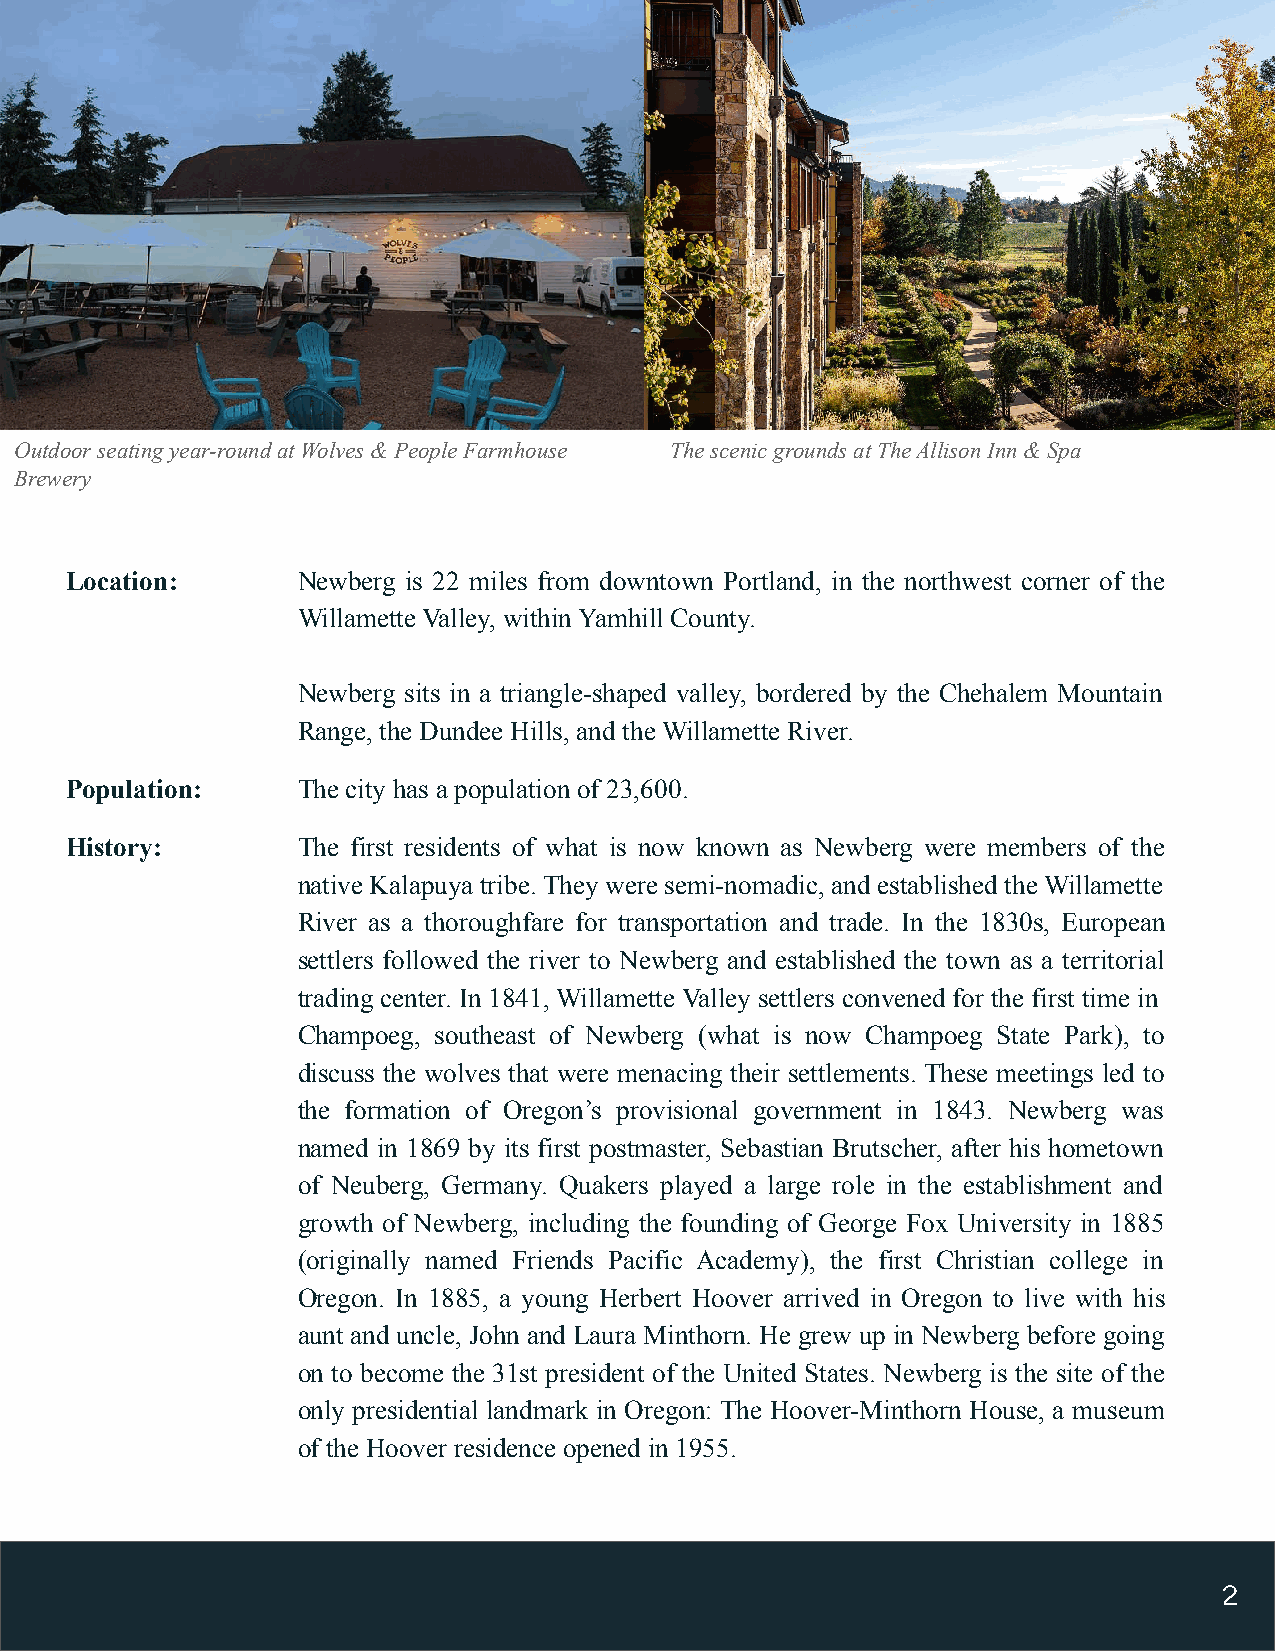
Outdoor seating year-round at Wolves & People Farmhouse The scenic grounds at The Allison Inn & Spa
 Brewery
 Location:       Newberg is 22 miles from downtown Portland, in the northwest corner of the
 Willamette Valley, within Yamhill County.
 Newberg sits in a triangle-shaped valley, bordered by the Chehalem Mountain
 Range, the Dundee Hills, and the Willamette River.
 Population:     The city has a population of 23,600.
 History:        The first residents of what is now known as Newberg were members of the
 native Kalapuya tribe. They were semi-nomadic, and established the Willamette
 River as a thoroughfare for transportation and trade. In the 1830s, European
 settlers followed the river to Newberg and established the town as a territorial
 trading center. In 1841, Willamette Valley settlers convened for the first time in
 Champoeg, southeast of Newberg (what is now Champoeg State Park), to
 discuss the wolves that were menacing their settlements. These meetings led to
 the formation of Oregon’s provisional government in 1843. Newberg was
 named in 1869 by its first postmaster, Sebastian Brutscher, after his hometown
 of Neuberg, Germany. Quakers played a large role in the establishment and
 growth of Newberg, including the founding of George Fox University in 1885
 (originally named Friends Pacific Academy), the first Christian college in
 Oregon. In 1885, a young Herbert Hoover arrived in Oregon to live with his
 aunt and uncle, John and Laura Minthorn. He grew up in Newberg before going
 on to become the 31st president of the United States. Newberg is the site of the
 only presidential landmark in Oregon: The Hoover-Minthorn House, a museum
 of the Hoover residence opened in 1955.
 2